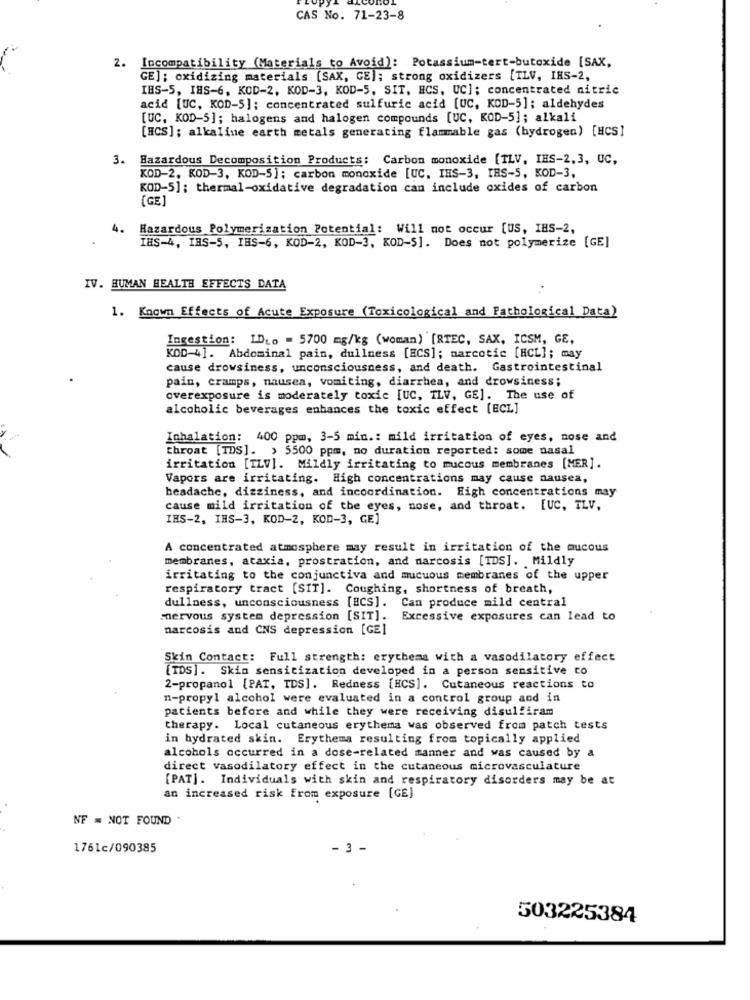
CAS No. 71-23-8
Incompatibility (Materials to Avoid): Potassium-tert-butoxide [SAX,
GE]: oxidizing materials [SAX, CE]; strong oxidizers [TLV, INS-2,
IBS-5, IHS-6, KOD-2, KOD-3, KOD-5, SIT, ECS, UC]; concentrated nitric
acid [UC, KOD-5]; concentrated sulfuric acid [UC, KOD-5]; aldehydes
[UC, KOD-5]; halogens and halogen compounds [UC, KOD-5]; alkali
[HCS]; alkaline earth metals generating flammable gas (hydrogen) [HCS]
3. Hazardous Decomposition Products: Carbon monoxide [TLV, IHS-2,3, UC,
KOD-2, KOD-3, KOD-S]: carbon monoxide [UC. IHS-3, IBS-S, KOD-3,
KOD-5]; thermal-oxidative degradation can include oxides of carbon
(GE]
4.
Hazardous Polymerization Potential: Will not occur [US, IHS-2,
IHS-4, IBS-S, IHS-6, KOD-2, KOD-3, KOD-S]. Does not polymerize [GE]
IV. HUMAN HEALTH EFFECTS DATA
1. Known Effects of Acute Exposure (Toxicological and Pathological Data)
Ingestion: IDLo = 5700 mg/kg (woman) [RTEC, SAX, ICSM, GE,
KOD-4]. Abdominal pain, dullness [ECS]; narcotic [HCL]; may
cause drowsiness, unconsciousness, and death. Gastrointestinal
pain, cramps, nausea, vomiting, diarrhea, and drowsiness;
overexposure is moderately toxic [UC. TLV, GE]. The use of
alcoholic beverages enhances the toxic effect [ECL]
Inhalation: 400 ppm, 3-5 min .: mild irritation of eyes, nose and
throat [IDS]. > 5500 ppm, no duration reported: some nasal
irritation [TLV]. Mildly irritating to mucous membranes [MER].
Vapors are irritating. High concentrations may cause nausea,
headache, dizziness, and incoordination. High concentrations may
cause mild irritation of the eyes, nose, and throat. [UC, TLV,
IHS-2, IHS-3, KOD-2, KOD-3, GE]
A concentrated atmosphere may result in irritation of the mucous
membranes, ataxia, prostration, and narcosis [IDS]. Mildly
irritating to the conjunctiva and mucuous membranes of the upper
respiratory tract [SIT]. Coughing, shortness of breath,
dullness, unconsciousness [ECS]. Can produce mild central
mervous system depression [SIT]. Excessive exposures can lead to
narcosis and CNS depression [GE]
Skin Contact: Full strength: erythema with a vasodilatory effect
[TDS]. Skin sensitization developed in a person sensitive to
2-propanol [PAT, IDS]. Redness [HCS]. Cutaneous reactions to
n-propyl alcohol were evaluated in a control group and in
patients before and while they were receiving disulfiram
therapy. Local cutaneous erythema was observed from patch tests
in hydrated skin. Erythema resulting from topically applied
alcohols occurred in a dose-related manner and was caused by a
direct vasodilatory effect in the cutaneous microvasculature
[PAT]. Individuals with skin and respiratory disorders may be at
an increased risk from exposure [GE)
NF = NOT FOUND
1761c/090385
- 3 -
503225384